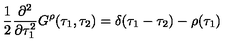
{ \frac { 1 } { 2 } } { \frac { \partial ^ { 2 } } { \partial \tau _ { 1 } ^ { 2 } } } G ^ { \rho } ( \tau _ { 1 } , \tau _ { 2 } ) = \delta ( \tau _ { 1 } - \tau _ { 2 } ) - \rho ( \tau _ { 1 } )